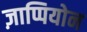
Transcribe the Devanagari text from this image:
ज़ाप्पियोन